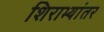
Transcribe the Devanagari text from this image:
शिराभ्यांतर